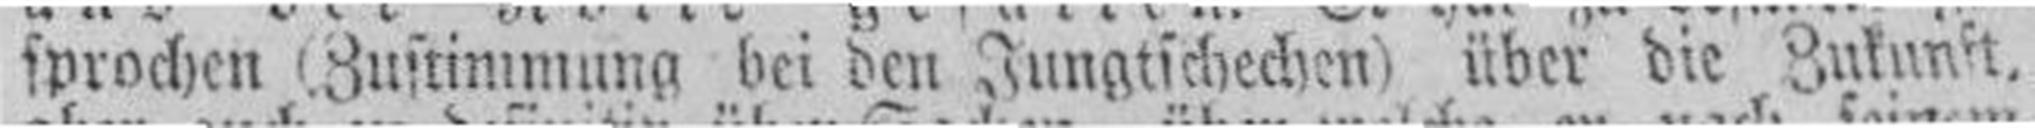
sprochen (Zustimmung bei den Jungtschechen) über die Zukunft.